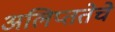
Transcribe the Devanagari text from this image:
अलिप्ततेचे